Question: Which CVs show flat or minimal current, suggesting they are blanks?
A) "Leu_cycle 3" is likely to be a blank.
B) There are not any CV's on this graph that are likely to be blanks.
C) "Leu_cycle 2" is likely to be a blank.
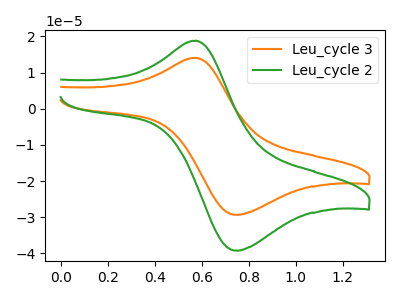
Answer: <think>The orange curve "Leu_cycle 3" has an anodic peak at (0.60V, 14.10uA) and a cathodic peak at (0.75V, -29.35uA). The green curve "Leu_cycle 2" has an anodic peak at (0.60V, 18.85uA) and a cathodic peak at (0.75V, -39.25uA).</think>
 <answer>B) There are not any CV's on this graph that are likely to be blanks.</answer>
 <eval>B</eval>